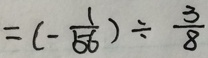
= ( - \frac { 1 } { 5 6 } ) \div \frac { 3 } { 8 }